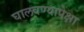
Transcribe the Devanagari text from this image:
घालवण्यापेक्षा